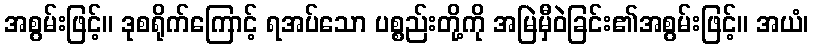
အစွမ်းဖြင့်။ ဒုစရိုက်ကြောင့် ရအပ်သော ပစ္စည်းတို့ကို အမြဲမှီဝဲခြင်း၏အစွမ်းဖြင့်။ အယံ၊